Annual report of the Punjab Veterinary College and of the Civil Veterinary Department, Punjab - 1894-1908
Year: 1894
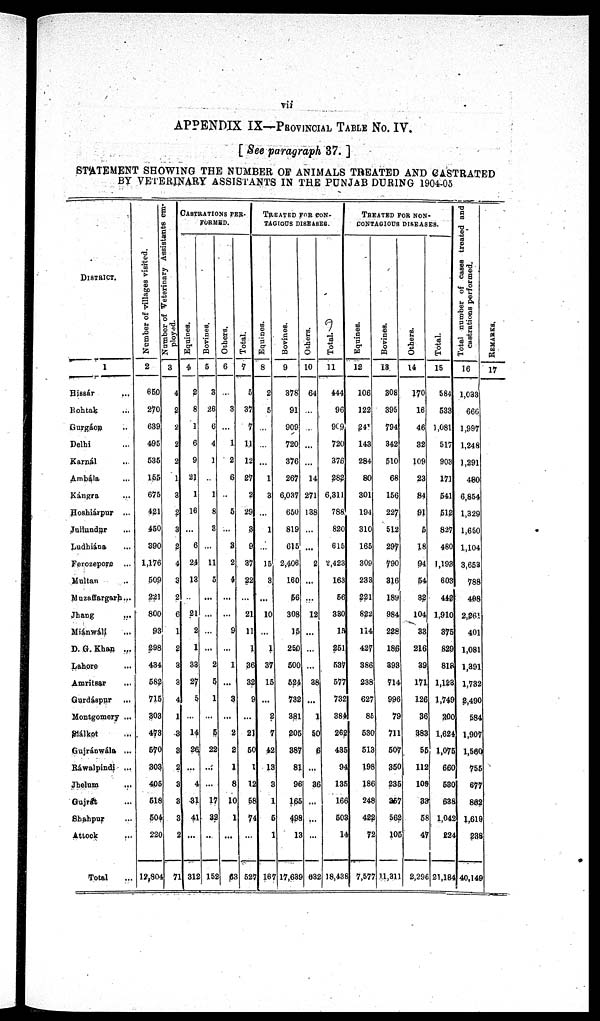
vii
APPENDIX IX—PROVINCIAL TABLE No. IV.
[ See paragraph 37. ]
STATEMENT SHOWING THE NUMBER OF ANIMALS TREATED AND CASTRATED
BY VETERINARY ASSISTANTS IN THE PUNJAB DURING 1904-05
DISTRICT.
1
Hissár ...
Rohtak ...
Gurgáon ...
Delhi ...
Karnál ...
Ambála ...
Kángra ...
Hoshiárpur ...
Jullundur ...
Ludhiána ...
Ferozepore ...
Multan ...
Muzaffargarh ...
Jhang ...
Miánwáli ...
D. G. Khan ...
Lahore ...
Amritsar ...
Gurdáspur ...
Montgomery ...
Siálkot ...
Gujránwála ...
Ráwalpindi ...
Jhelum
...
Gujrát ...
Shahpur ...
Attock ...
Total ...
Number of villages visited.
2
650
270
639
495
535
155
675
421
450
390
1,176
509
221
800
93
298
434
582
715
303
473
570
303
405
518
504
220
12,804
Number of Veterinary Assistants em-
ployed.
3
4
2
2
2
2
1
3
2
3
2
4
3
2
6
1
2
3
3
4
1
3
3
2
3
3
3
2
71
CASTRATION PER.
FORMED.
Equines.
4
2
8
1
6
9
21
1
16
...
6
24
13
...
21
2
1
33
27
5
...
14
26
...
4
31
41
...
312
Bovines.
5
3
26
6
4
1
...
1
8
3
...
11
5
...
...
...
...
2
5
1
...
5
22
...
...
17
32
..
152
Others.
6
...
3
...
1
2
6
...
5
...
3
2
4
...
...
9
...
1
...
3
...
2
2
1
8
10
1
...
63
Total.
7
5
37
7
11
12
27
2
29
3
9
37
22
...
21
11
1
36
32
9
...
21
50
1
12
58
74
...
527
TREATED FOR CON-
------- DISEASES.
Equines.
8
2
5
...
...
...
1
3
...
1
...
15
3
...
10
...
1
37
15
...
2
7
42
13
3
1
5
1
167
Bovines.
9
378
91
909
720
376
267
6,037
650
819
615
2,406
160
56
308
15
250
500
524
732
381
205
387
81
96
165
498
13
17,639
Others.
10
64
...
...
...
...
14
271
138
...
...
2
...
...
12
...
...
...
38
...
1
50
6
...
36
...
...
...
635
Total.
11
444
96
909
720
376
282
6,311
788
820
615
2,423
163
56
330
15
251
537
577
732
384
262
435
94
135
166
...
14
18,438
TREATED FOR NON-
---------- DISEASES.
Equines.
12
106
122
241
143
284
80
301
194
310
165
309
233
221
822
114
427
386
238
627
85
530
513
198
186
248
422
72
7,577
Bovines.
13
308
395
794
342
510
68
156
227
512
297
790
316
189
984
228
186
393
714
996
78
711
507
350
235
357
562
105
11,311
Others.
14
170
16
46
32
109
23
84
91
5
18
94
54
32
104
33
216
39
171
126
36
383
55
112
109
33
58
47
2,296
Total.
15
584
533
1,081
517
903
171
541
512
827
480
1,193
603
442
1,910
375
829
818
1,123
1,749
200
1,624
1,075
660
530
638
1,042
224
21,184
Total number of cases treated and
castrations performed.
16
1,033
666
1,997
1,248
1,291
480
6,854
1,329
1,650
1,104
3,653
788
408
2,261
401
1,081
1,391
1,732
2,490
584
1,907
1,560
755
677
862
1,619
238
40,149
REMARKS.
17